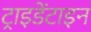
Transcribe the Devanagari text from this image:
ट्राइडेंटाइन